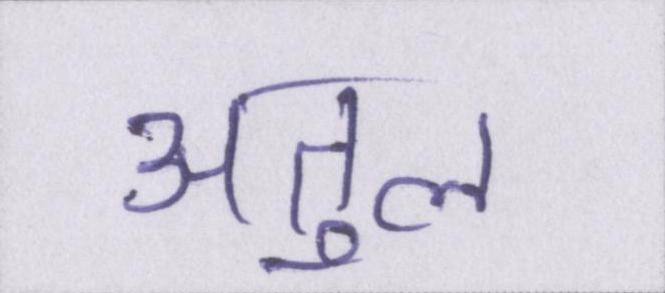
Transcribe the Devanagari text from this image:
अतुल